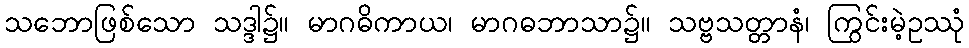
သဘောဖြစ်သော သဒ္ဒါ၌။ မာဂဓိကာယ၊ မာဂဓဘာသာ၌။ သဗ္ဗသတ္တာနံ၊ ကြွင်းမဲ့ဥဿုံ